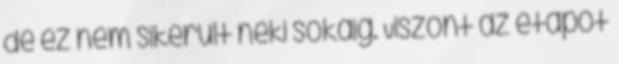
de ez nem sikerült neki sokáig. Viszont az etapot